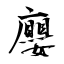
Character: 廮